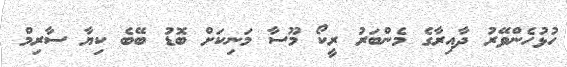
ހުޅުހެންވޭރު ދާއިރާގެ މެންބަރު ރީކޯ މޫސާ މަނިކަށް ބޮޑު ބޭބެ ކިޔާ ސާރިމް